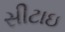
સીટાઇ